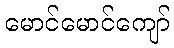
မောင်မောင်ကျော်